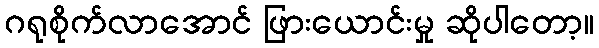
ဂရုစိုက်လာအောင် ဖြားယောင်းမှု ဆိုပါတော့။